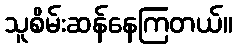
သူစိမ်းဆန်နေကြတယ်။